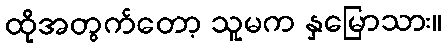
ထိုအတွက်တော့ သူမက နှမြောသား။